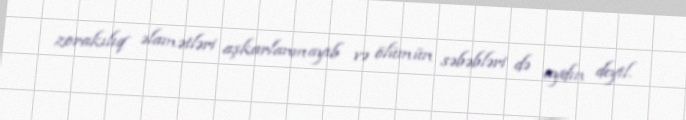
zorakılıq əlamətləri aşkarlanmayıb və ölümün səbəbləri də aydın deyil.